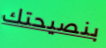
بنصيحتك